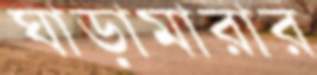
ঘাড়ামারার